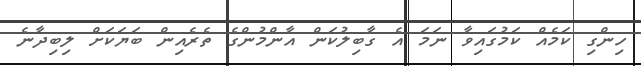
ހިންގި ކަމެއް ކަމުގައިވާ ނަމަ އެ ގާބިލުކަން އާންމުންގެ ތެރެއިން ބަޔަކަށް ލިބިދާނެ